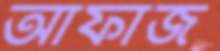
আফাজ